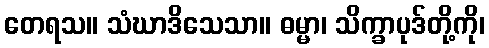
တေရသ။ သံဃာဒိသေသာ။ ဓမ္မာ၊ သိက္ခာပုဒ်တို့ကို၊